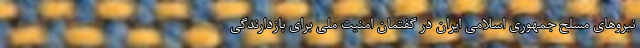
نیروهای مسلح جمهوری اسلامی ایران در گفتمان امنیت ملی برای بازدارندگی